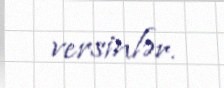
versinlər.